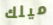
ميلك